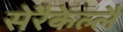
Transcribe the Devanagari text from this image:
सेरैकेल्लै